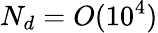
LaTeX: N_{d}=O(10^{4})